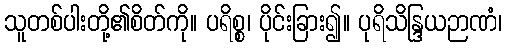
သူတစ်ပါးတို့၏စိတ်ကို။ ပရိစ္စ၊ ပိုင်းခြား၍။ ပုရိသိန္ဒြယဉာဏံ၊